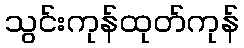
သွင်းကုန်ထုတ်ကုန်